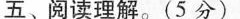
五、阅读理解。(5 分)